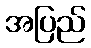
အပြည်